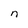
Character: n